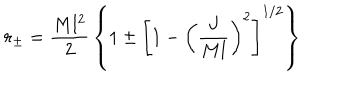
r _ { \pm } = { \frac { M l ^ { 2 } } { 2 } } \left\{ 1 \pm \left[ 1 - \left( { \frac { J } { M l } } \right) ^ { 2 } \right] ^ { 1 / 2 } \right\}